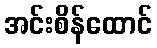
အင်းစိန်ထောင်